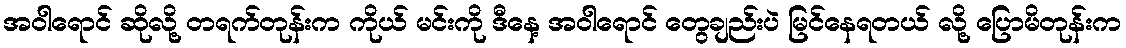
အဝါရောင် ဆိုလို့ တရက်တုန်းက ကိုယ် မင်းကို ဒီနေ့ အဝါရောင် တွေချည်းပဲ မြင်နေရတယ် လို့ ပြောမိတုန်းက